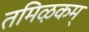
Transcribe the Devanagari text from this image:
तमिऴकम्